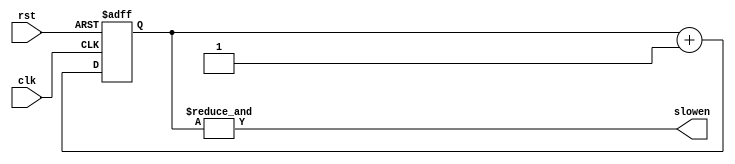
/**
*Module Name:		div256.v
*Project:			ToW
*					Connor Emery
*Date of Update:	27/11/2016                                              
*Version:           1.0.0                                                      

*Purpose:           TODO
* 
* 
*Update Log:		v1.0.0
						- intial commit
*/
`timescale 1 ns/ 1ps


module div256(clk, rst, slowen);

	//declaring inputs/outputs
	input clk;
	input rst;
	output slowen;
	
	//declaring regs
	reg [7:0] count;
	
	always @(posedge clk or posedge rst) begin
		if (rst) count <= 0;
		else count <= count + 1;
	end
	assign slowen = &count;
	
endmodule